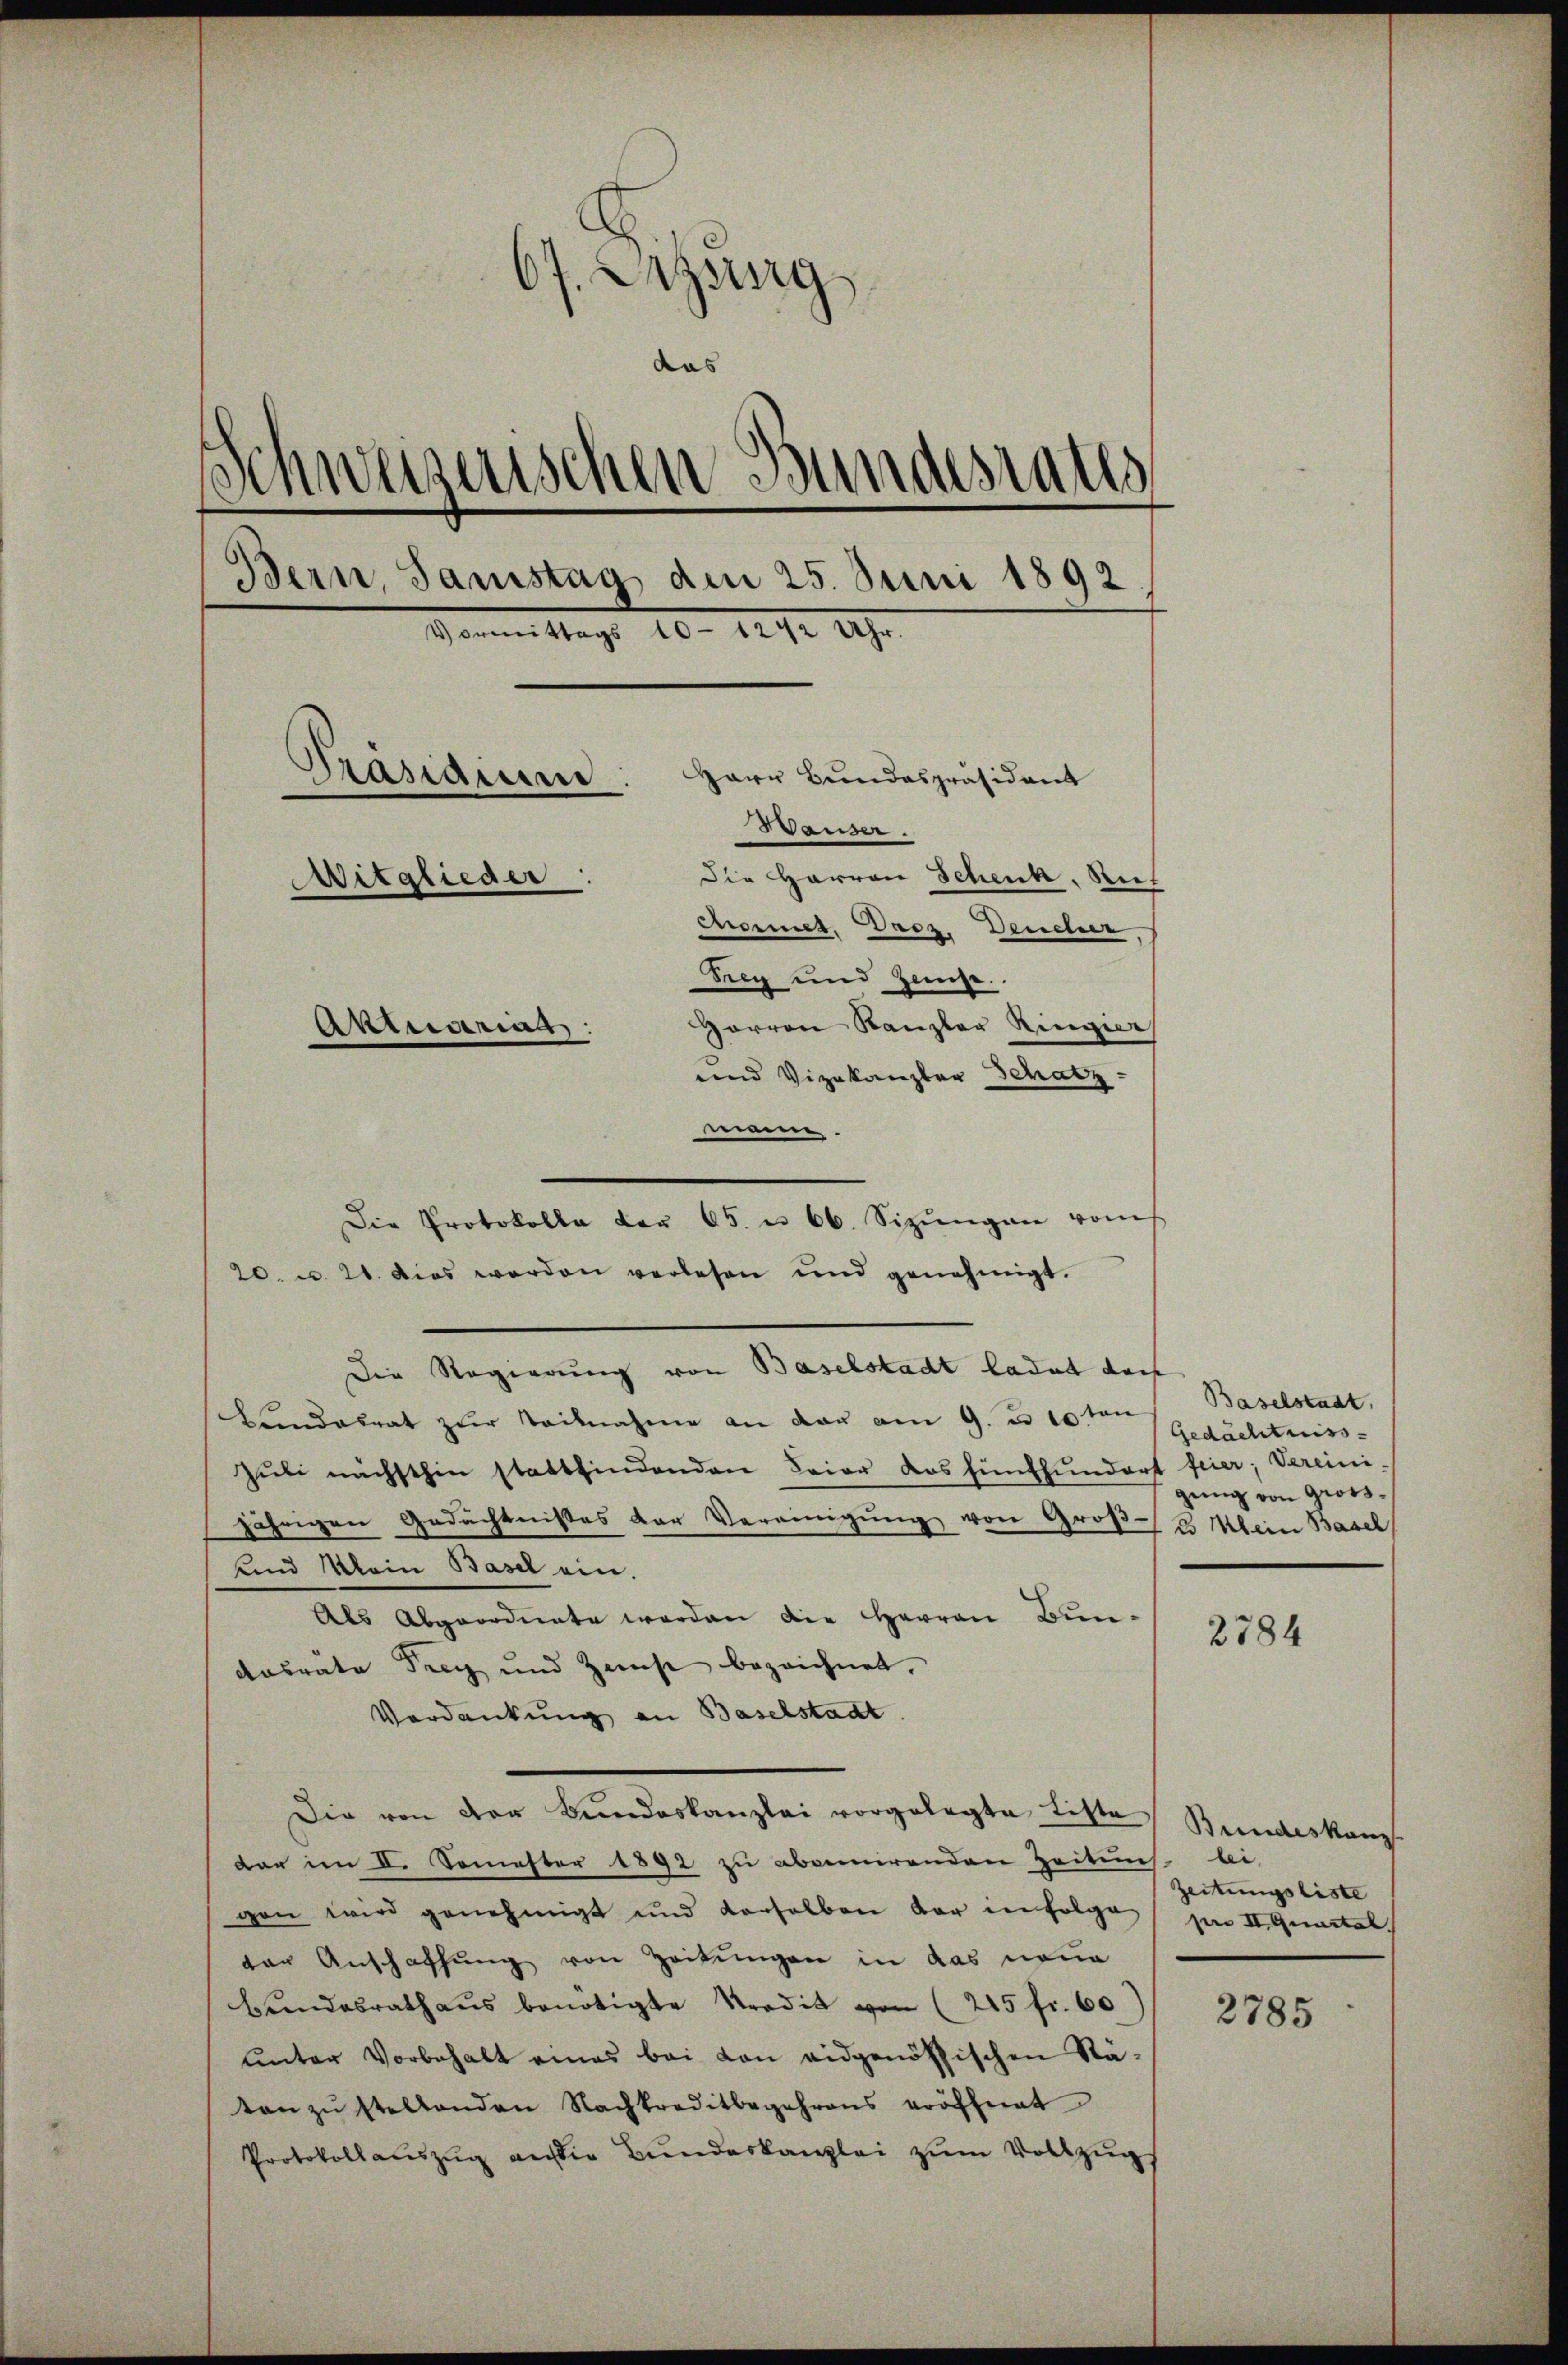
67. Erzburg
das
Schweizerischen Bundesrates
Bern, Samstag den 25. Juni 1892.
Vormittags 10. d. d. 19.
Präsidium
Herr Bundespräsident
Hauser.
itglieder
Aktuarias.

Comet. Droz. Deucher
Trey und Zehe.
Harren Kanzler Ringier
und Vizekanzler Schatz
mann.
Die Protokolle der 65. u 66. Sizŭngen vom
20. u. 21. dies werden verlesen und genehmigt.
Die Regierung von Baselstadt ladet doch
Kundesrat zur Teilnahme an dar am 9. u 10 ten
Juli nächsthin stattfindenden Feier dos fünfhundort feier, Vereini
jährigen Gedächtnisses der Vereinigung von Große Mein Basel,
und Mein Basel ein.
Als Abgeordnete werden die Herren Bun¬
Aasrate Teig und Zeise bezeichnet.
Verdankung an Baselstadt.
Die von der Bundeskanzlei vorgelegte Titte, Bundeskanzdar im II. Semester 1892 zu abernirenden Zeitung bi
gen wird genehmigt und derselben vor in folge par II Gerital.
der Anschaffung von Zeitungen in das neue
bŭndesrath aŭs benötigte Tradik von (215 fr. 60
unter Vorbehalt eines bei von eidgenössischen Stätan zŭ stellenden Nachkreditbegehrens eröffnet
Protokollaŭszŭg an die Bŭndeskanzlei zŭm Vollzugs

Baselstadt,
Gedächtniss
gŭng von Gross.

2784

Zeitungsliste

2785